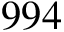
9 9 4